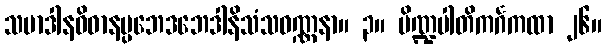
သမာဒါနဝိဓာနပ္ပဘေဒဘေဒါနိသံသဝဏ္ဏနာ။ ၃။ ပိဏ္ဍပါတိကင်္ဂကထာ ၂၆။